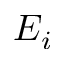
E _ { i }